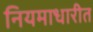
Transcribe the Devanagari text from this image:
नियमाधारीत